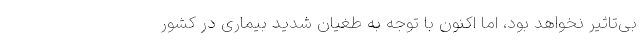
بی‌تاثیر نخواهد بود، اما اکنون با توجه به طغیان شدید بیماری در کشور